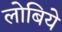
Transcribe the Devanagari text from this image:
लोबिये